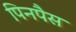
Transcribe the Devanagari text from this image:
पिनपैस